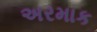
અરમાક